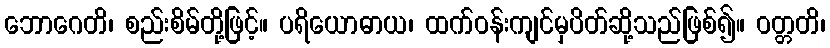
ဘောဂေတိ၊ စည်းစိမ်တို့ဖြင့်။ ပရိယောဓာယ၊ ထက်ဝန်းကျင်မှပိတ်ဆို့သည်ဖြစ်၍။ ဝတ္တတိ၊